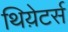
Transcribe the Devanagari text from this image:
थिय़ेटर्स